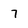
Character: 7